Indian journal of veterinary science and animal husbandry - Volume 1,
Year: 1931
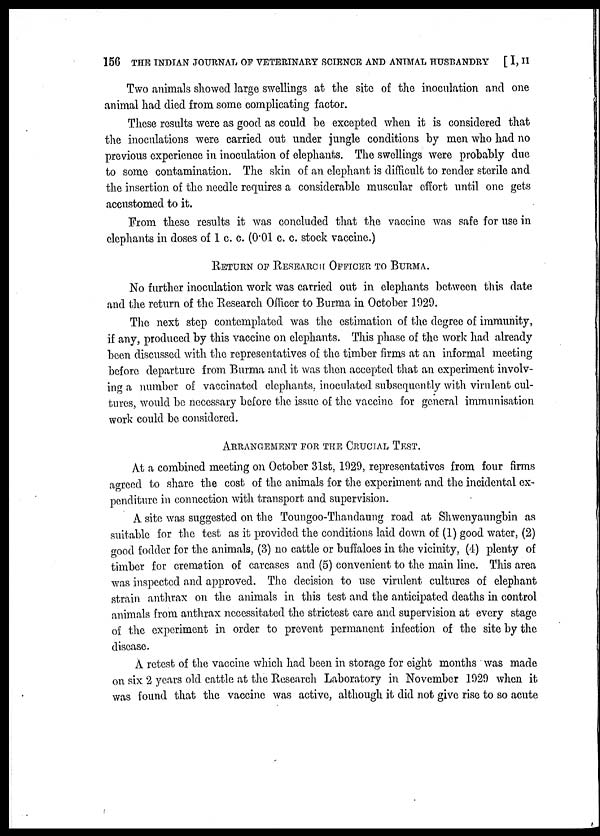
156 THE INDIAN JOURNAL OF VETERINARY SCIENCE AND ANIMAL HUSBANDRY [ I, II
Two animals showed large swellings at the site of the inoculation and one
animal had died from some complicating factor.
These results were as good as could be excepted when it is considered that
the inoculations were carried out under jungle conditions by men who had no
previous experience in inoculation of elephants. The swellings were probably due
to some contamination. The skin of an elephant is difficult to render sterile and
the insertion of the needle requires a considerable muscular effort until one gets
accustomed to it.
From these results it was concluded that the vaccine was safe for use in
elephants in doses of 1 c. c. (0.01 c. c. stock vaccine.)
RETURN OF RESEARCH OFFICER TO BURMA.
No further inoculation work was carried out in elephants between this date
and the return of the Research Officer to Burma in October 1929.
The next step contemplated was the estimation of the degree of immunity,
if any, produced by this vaccine on elephants. This phase of the work had already
been discussed with the representatives of the timber firms at an informal meeting
before departure from Burma and it was then accepted that an experiment involv-
ing a number of vaccinated elephants, inoculated subsequently with virulent cul-
tures, would be necessary before the issue of the vaccine for general immunisation
work could be considered.
ARRANGEMENT FOR THE CRUCIAL TEST.
At a combined meeting on October 31st, 1929, representatives from four firms
agreed to share the cost of the animals for the experiment and the incidental ex-
penditure in connection with transport and supervision.
A site was suggested on the Toungoo-Thandaung road at Shwenyaungbin as
suitable for the test as it provided the conditions laid down of (1) good water, (2)
good fodder for the animals, (3) no cattle or buffaloes in the vicinity, (4) plenty of
timber for cremation of carcases and (5) convenient to the main line. This area
was inspected and approved. The decision to use virulent cultures of elephant
strain anthrax on the animals in this test and the anticipated deaths in control
animals from anthrax necessitated the strictest care and supervision at every stage
of the experiment in order to prevent permanent infection of the site by the
disease.
A retest of the vaccine which had been in storage for eight months was made
on six 2 years old cattle at the Research Laboratory in November 1929 when it
was found that the vaccine was active, although it did not give rise to so acute